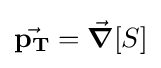
{\vec {\mathbf {p_{T}} }}={\vec {\boldsymbol {\nabla }}}[S]